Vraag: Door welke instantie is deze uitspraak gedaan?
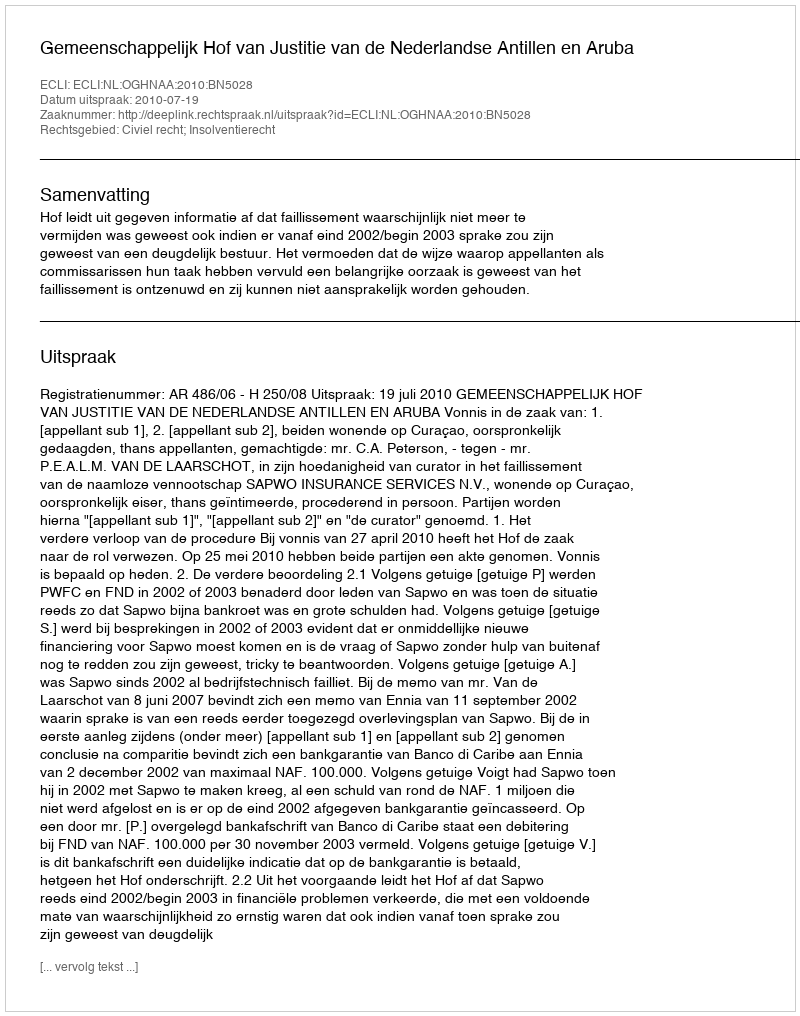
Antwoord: Gemeenschappelijk Hof van Justitie van de Nederlandse Antillen en Aruba